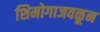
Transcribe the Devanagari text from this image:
शिमोगाजवळून